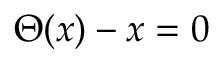
\Theta ( x ) - x = 0